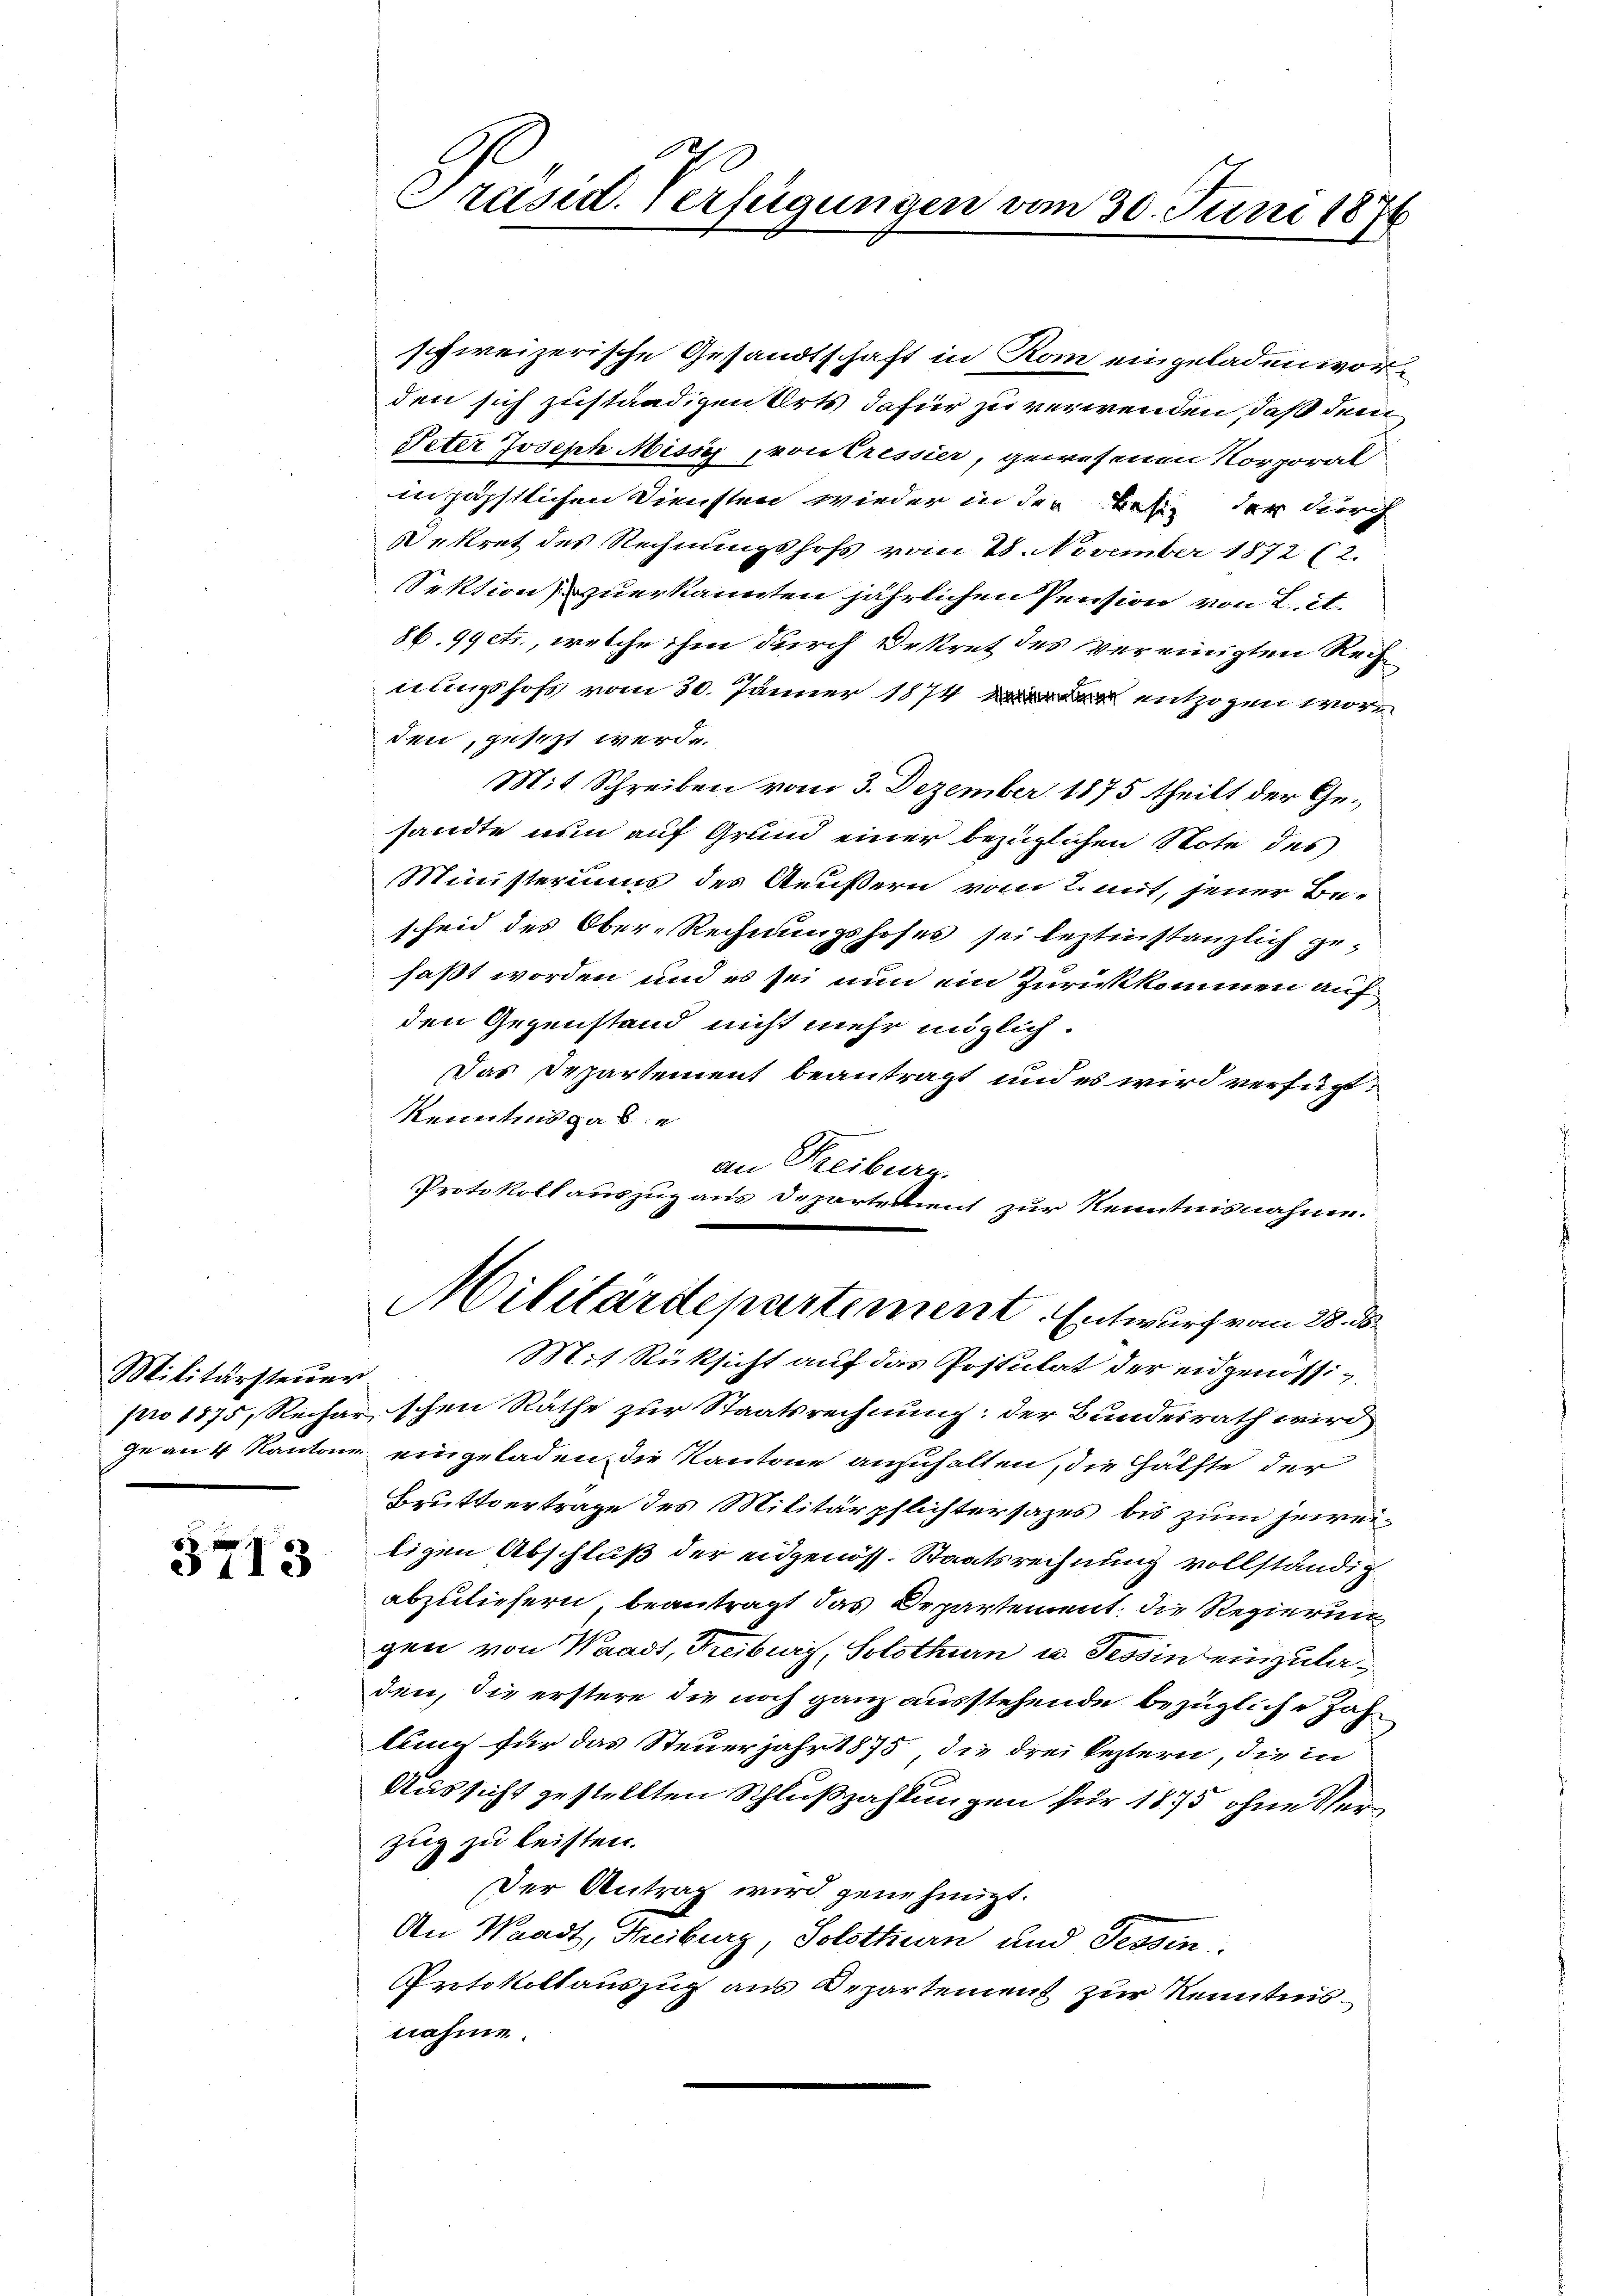
Militärsteuer

3713

Präsid. Verfügungen vom 30. Juni 1876

schweizerische Gesandtschaft in Rom eingeladen worden sich zuständigen Orts dafür zu verwenden, daß dem
Peter Joseph Missi poutressier, gewesenen Korporal
inzäpstlichen Diensten wieder in der Bei der durch
ekret des Rechnungshofs vom 28. November 1872 (2.
Sektion zuerkannten jährlichen Pension von 2. et.
86. 99 cts., welche ihm durch Dekret des vereinigten Rech
nungshofs vom 30. Jänner 1874 entzogen worden, gesezt werde.
Mit Schreiben vom 3. Dezember 1875 theilt der Gesandte nun auf Grund einer bezüglichen Note des
Ministeriums des Aeußern vom 2. mit, jener Be-
sheid des Ober-Rechnungshofes sei leztinstanzlich gehaßt worden und es sei nun ein Zurückkommen auf
den Gegenstand nicht mehr möglich.
Das Departement beantragt und es wird verfügt:
Kenntnis gabe
an Freiburg.
Protokoll auszug aus Departement zur Kenntnisnahme.
Militärdepartement. Entwurf vom 28. d.
Mit Rüksicht auf das Postulat der eidgenössig.
pro 1875, Rechar schen Räthe zur Staatsrechnung: der Bundesrath wird
ge an 4 Kantons eingeladen die Kantone anzuhalten, die Hälfte der
Bruttertrage des Militärpflichtersazes bis zum jeweiligen Abschluß der eidgenöss. Staatsrechnung vollständig
abzuliefern beantragt das Departement, die Regierung
gen von Waadt, Freiburg, Solothurn u. Tessin einzuladen, die erstere die noch ganz ausstehende bezügliche Jahlium für das Steuerjahr 1875, die drei leztern, die in
Aussicht gestellten Schlußzahlungen für 1875, ohne Verzug zu leisten.
Der Antrag wird genehmigt.
An Waadt, Treiburg, Solothurn und Tessin
Protokollauszug aus Departement zur Kenntnis.
nahme.